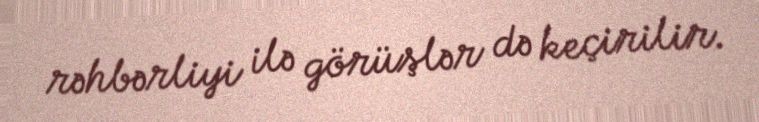
rəhbərliyi ilə görüşlər də keçirilir.